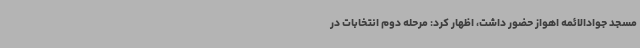
مسجد جوادالائمه اهواز حضور داشت، اظهار کرد: مرحله دوم انتخابات در